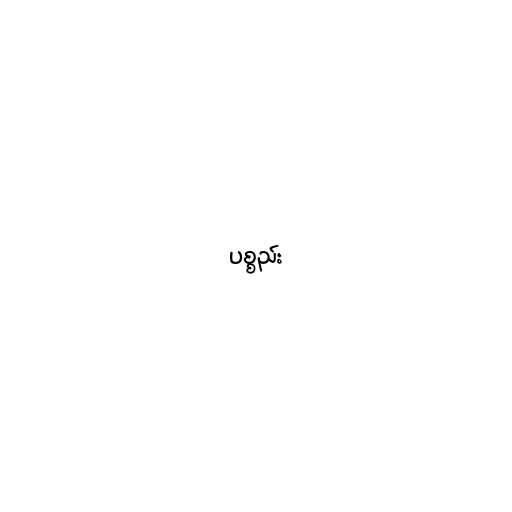
ပစ္စည်း